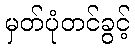
မှတ်ပုံတင်ခွင့်